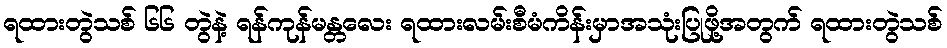
ရထားတွဲသစ် ၆၆ တွဲနဲ့ ရန်ကုန်မန္တလေး ရထားလမ်းစီမံကိန်းမှာအသုံးပြုဖို့အတွက် ရထားတွဲသစ်